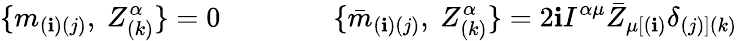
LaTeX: \{ m_{(\mathbf{i})(j)},\ Z_{(k)}^{\alpha}\} =0\qquad\qquad\{ {\bar{{m}}}_{(\mathbf{i})(j)},\ Z_{(k)}^{\alpha}\} =2\mathbf{i}I^{\alpha\mu}{\bar{{Z}}}_{\mu[(\mathbf{i})}\delta_{(j)](k)}